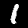
Label: 1